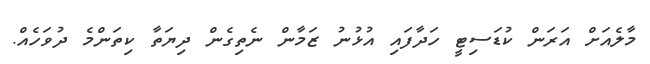
މާލެއަށް އަރަން ކުޑަސިޓީ ހަދާފައި އުޅުނު ޒަމާން ނެތިގެން ދިޔަތާ ކިތަންމެ ދުވަހެއް.